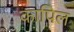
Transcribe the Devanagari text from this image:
कापिल